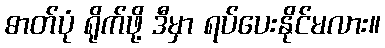
ဓာတ်ပုံ ရိုက်ဖို့ ဒီမှာ ရပ်ပေးနိုင်မလား။